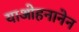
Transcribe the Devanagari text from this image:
याओहनानेन